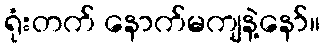
ရုံးတက် နောက်မကျနဲ့နော်။